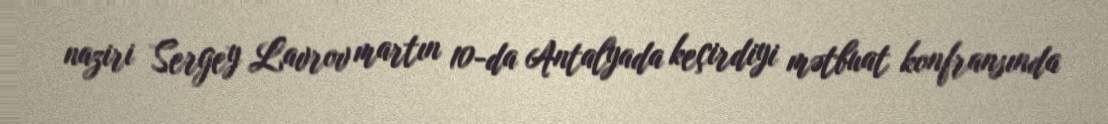
naziri Sergey Lavrov martın 10-da Antalyada keçirdiyi mətbuat konfransında